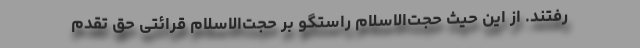
رفتند. از این حیث حجت‌الاسلام راستگو بر حجت‌الاسلام قرائتی حق تقدم